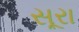
સૂરા